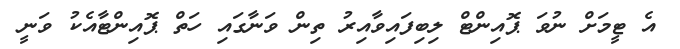
އެ ޓީމަށް ނުވަ ޕޮއިންޓް ލިބިފައިވާއިރު ތިން ވަނާގައި ހަތް ޕޮއިންޓާއެކު ވަނީ